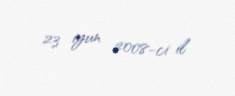
23 iyun 2008-ci il